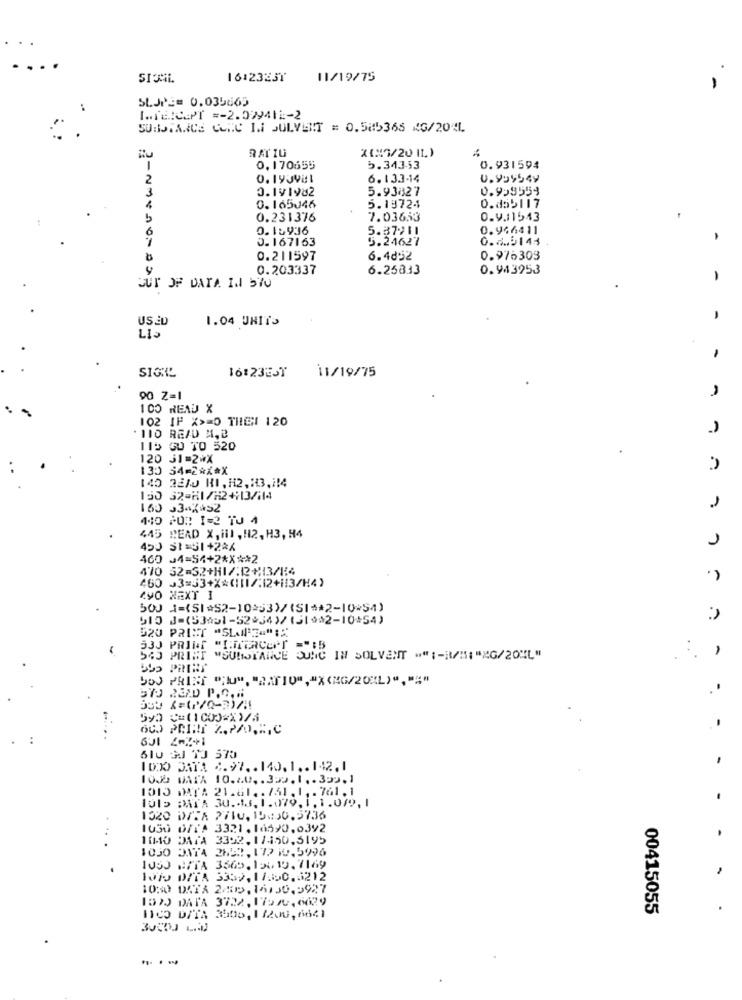
....
.
SIJNL
16:23231
11/19/75
SLJPE= 0.035665
INTERCEPT =- 2.02941E-2
SUBSTANCE CONC I SOLVENT = 0.585365 KG/204.
RATIU
X(N7/20 11.)
0. 170655
5.343-53
0.931594
2
6.133-14
0.999549
3
0.1V1982
5.93827
0.953559
0.165046
5.19724
0.d55117
b
0.231376
7.03653
0.9.11543
0.15936
5.37911
0.966411
6
J.167163
5.24627
0.6.9143 .
0.211597
6.4d52
0.976303
0.203337
6.25833
0.943953
-
GUT OF DATA INN 570
USED
1.04 UNITS
LI
,
SIGKL
16:23EST
11/19/75
90 Z=1
100 READ X
102 IF X>=O THE 120
. 110 READ M,B
115 GO TO 520
120 31-2*X
130 54=2 *** X
145 3210 HI, H2,H3,H!4
150 32-KI/H2+13/114
160 33-X*52
140 POR 1-2 TU 4
445 DEAD X, ill , H2, H3, H4
400 34=54+2 **** 2
470 52-32+H17:1+13/1:4
460 J3=33+X*(111/;12+113/H4)
ZyO NEXT I
500 1=(SI#52-10253)/(SI ** 2-10*54)
510 J=(53451-52+34)/(31 ** 2-10*54)
520 PRINT "SLOPE=";"
33J PRIME "THITERCENT ="FB
543 PRINT
I "SUBSTANCE DONC IN SOLVENT "" :- RV:54 "XG/201L"
10DO JATA 2.97 .. 140. 1 .. 142.1
1000 DATA 10.20 .. 329.1 .. 399.1
1015 DATA 21.61 .. /51. 1, . 761.1
IUID DATA 30.43. 1.079. 1. 1.099, 1
1320 0727 2710,15830.5736
1030 0/1A 3321.16590.0392
11M10 DATA
3392.1/450.5195
1030
IVSJ NFIA 3565.15019.7169
WODO DATA 3359, 17:00.5212
1030 DATA 245, 14150.5927
102J DATA 3722, 179/0,6639
00415055
11CO DITA 3505, 1 /200,6641